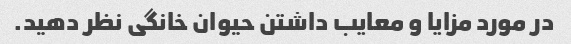
در مورد مزایا و معایب داشتن حیوان خانگی نظر دهید.